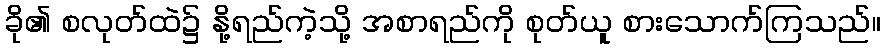
ခို၏ စလုတ်ထဲ၌ နို့ရည်ကဲ့သို့ အစာရည်ကို စုတ်ယူ စားသောက်ကြသည်။